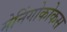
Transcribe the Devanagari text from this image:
मेनिंगोकोकस